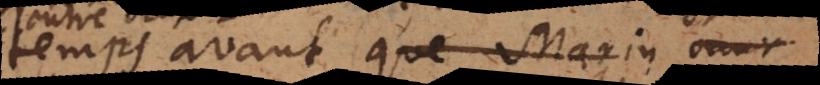
temps avant que Marin ouv